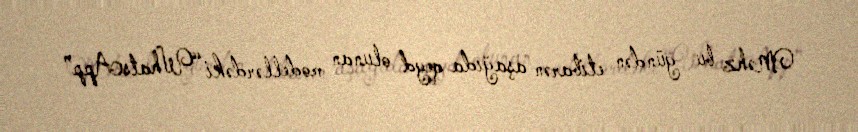
Məhz bu gündən etibarən aşağıda qeyd olunan modellərdəki “WhatsApp”